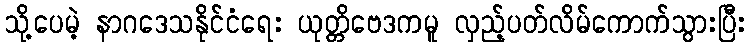
သို့ပေမဲ့ နာဂဒေသနိုင်ငံရေး ယုတ္တိဗေဒကမူ လှည့်ပတ်လိမ်ကောက်သွားပြီး